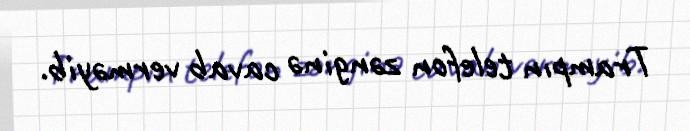
Trampın telefon zənginə cavab verməyib.